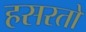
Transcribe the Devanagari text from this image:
हसरतों